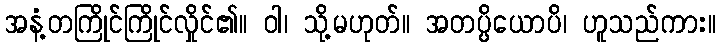
အနံ့တကြိုင်ကြိုင်လှိုင်၏။ ဝါ၊ သို့မဟုတ်။ အတပ္ပိယောပိ၊ ဟူသည်ကား။